Madras plague regulations and rules - Volume 2
Disease focus: Plague
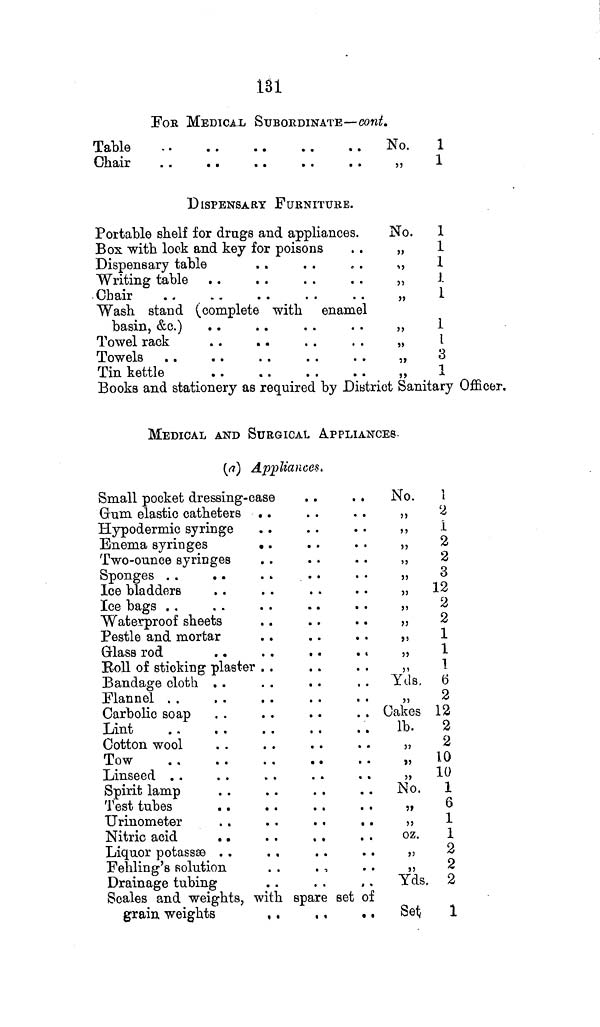
181
FOB MEDICAL SUBORDINATE—cont.
Table
Chair
DISPENSARY FURNITURE.
Portable shelf for drugs and appliances.
Box with lock and key for poisons
Dispensary table
Writing table
Chair
Wash stand (complete with enamel
basin, &c.)
Towel rack
Towels
Tin kettle
No.
1
„
1
No. 1
„
1
„
1
,, 1
„
1
,,
1
1
„
3
,,
1
Books and stationery as required by District Sanitary Officer.
MEDICAL AND SURGICAL APPLIANCES.
(a) Appliances.
Small pocket dressing-case
Gum elastic catheters . .
Hypodermic syringe
Enema syringes
. .
Two-ounce syringes
Sponges
Ice bladders
Ice bags
Waterproof sheets
Pestle and mortar
Glass rod
. .
. .
.
. .
Boll of sticking plaster
Bandage cloth
Flannel
Carbolic soap
Lint
Cotton wool
Tow
Linseed
Spirit lamp
Test tubes
Urinometer
. .
. .
. .
Nitric acid
Liquor potasses
Fehling's solution
Drainage tubing
Scales and weights, with spare set of
grain weights
No.
1
,, 2
,, 1
,, 2
„
2
„
3
„ 12
„
2
,,
2
,,
1
,, 1
Yds.
6
„
2
Cakes 12
lb.
2
„
2
„ 10
,, 10
No. 1
6
,,
1
oz.
1
,,
2
„
2
Yds, 2
Set
1